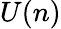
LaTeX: U(n)